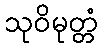
သုဝိမုတ္တံ